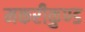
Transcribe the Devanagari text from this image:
मकरीकुण्‍ड